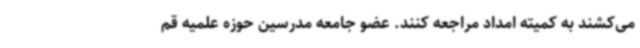
می‌کشند به کمیته امداد مراجعه کنند. عضو جامعه مدرسین حوزه علمیه قم